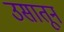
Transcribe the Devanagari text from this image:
उसातून